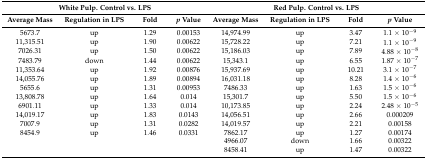
<table><thead><tr><td colspan="4"><b>White Pulp. Control vs. LPS</b></td><td colspan="4"><b>Red Pulp. Control vs. LPS</b></td></tr><tr><td><b>Average Mass</b></td><td><b>Regulation in LPS</b></td><td><b>Fold</b></td><td><b><i>p</i> Value</b></td><td><b>Average Mass</b></td><td><b>Regulation in LPS</b></td><td><b>Fold</b></td><td><b><i>p</i> Value</b></td></tr></thead><tbody><tr><td>5673.7</td><td>up</td><td>1.29</td><td>0.00153</td><td>14,974.99</td><td>up</td><td>3.47</td><td>1.1 × 10<sup>−9</sup></td></tr><tr><td>11,315.51</td><td>up</td><td>1.90</td><td>0.00622</td><td>15,728.22</td><td>up</td><td>7.21</td><td>1.1 × 10<sup>−9</sup></td></tr><tr><td>7026.31</td><td>up</td><td>1.50</td><td>0.00622</td><td>15,186.03</td><td>up</td><td>7.89</td><td>4.88 × 10<sup>−8</sup></td></tr><tr><td>7483.79</td><td>down</td><td>1.44</td><td>0.00622</td><td>15,343.1</td><td>up</td><td>6.55</td><td>1.87 × 10<sup>−7</sup></td></tr><tr><td>11,353.64</td><td>up</td><td>1.92</td><td>0.00876</td><td>15,937.69</td><td>up</td><td>10.21</td><td>3.1 × 10<sup>−7</sup></td></tr><tr><td>14,055.76</td><td>up</td><td>1.89</td><td>0.00894</td><td>16,031.18</td><td>up</td><td>8.28</td><td>1.4 × 10<sup>−6</sup></td></tr><tr><td>5655.6</td><td>up</td><td>1.31</td><td>0.00953</td><td>7486.33</td><td>up</td><td>1.63</td><td>1.5 × 10<sup>−6</sup></td></tr><tr><td>13,808.78</td><td>up</td><td>1.64</td><td>0.014</td><td>15,301.7</td><td>up</td><td>5.50</td><td>1.5 × 10<sup>−6</sup></td></tr><tr><td>6901.11</td><td>up</td><td>1.33</td><td>0.014</td><td>10,173.85</td><td>up</td><td>2.24</td><td>2.48 × 10<sup>−5</sup></td></tr><tr><td>14,019.17</td><td>up</td><td>1.83</td><td>0.0143</td><td>14,056.51</td><td>up</td><td>2.66</td><td>0.000209</td></tr><tr><td>7007.9</td><td>up</td><td>1.31</td><td>0.0282</td><td>14,019.57</td><td>up</td><td>2.21</td><td>0.00158</td></tr><tr><td>8454.9</td><td>up</td><td>1.46</td><td>0.0331</td><td>7862.17</td><td>up</td><td>1.27</td><td>0.00174</td></tr><tr><td></td><td></td><td></td><td></td><td>4966.07</td><td>down</td><td>1.66</td><td>0.00322</td></tr><tr><td></td><td></td><td></td><td></td><td>8458.41</td><td>up</td><td>1.47</td><td>0.00322</td></tr></tbody></table>